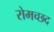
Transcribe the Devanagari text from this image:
रोमच्छद